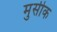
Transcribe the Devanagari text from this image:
मुसीक